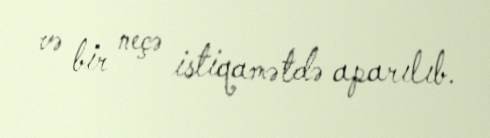
və bir neçə istiqamətdə aparılıb.